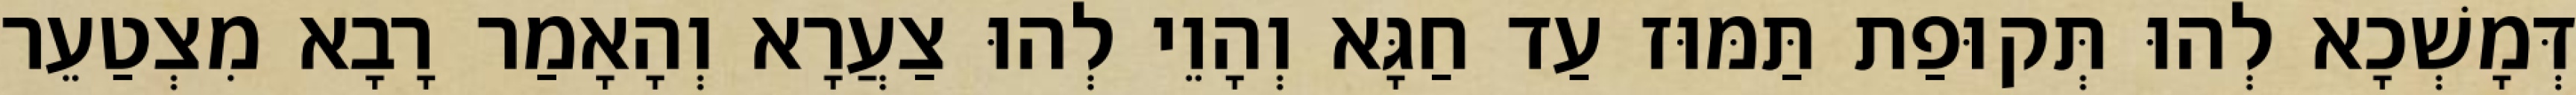
דְּמָשְׁכָא לְהוּ תְּקוּפַת תַּמּוּז עַד חַגָּא וְהָוֵי לְהוּ צַעֲרָא וְהָאָמַר רָבָא מִצְטַעֵר